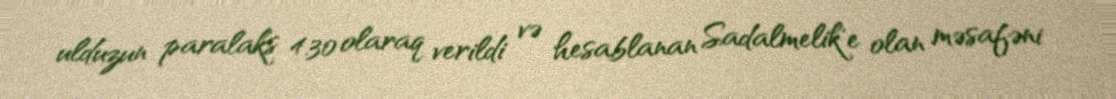
ulduzun paralaks 4.30 olaraq verildi və hesablanan Sadalmelik'e olan məsafəni